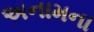
અનામના